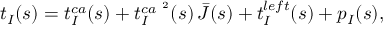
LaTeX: t _ { I } ( s ) = t _ { I } ^ { c a } ( s ) + t _ { I } ^ { c a \ ^ { 2 } } ( s ) \, \bar { J } ( s ) + t _ { I } ^ { l e f t } ( s ) + p _ { I } ( s ) ,